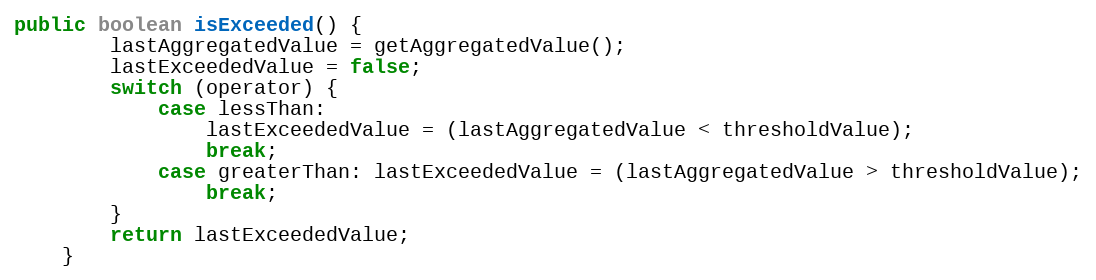
Language: Java
public boolean isExceeded() {
        lastAggregatedValue = getAggregatedValue();
        lastExceededValue = false;
        switch (operator) {
            case lessThan:
                lastExceededValue = (lastAggregatedValue < thresholdValue);
                break;
            case greaterThan: lastExceededValue = (lastAggregatedValue > thresholdValue);
                break;
        }
        return lastExceededValue;
    }